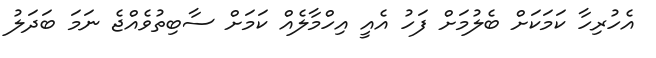
އެހުރިހާ ކަމަކަށް ބެލުމަށް ފަހު އެއީ އިހްމާލެއް ކަމަށް ސާބިތުވެއްޖެ ނަމަ ބަދަލު